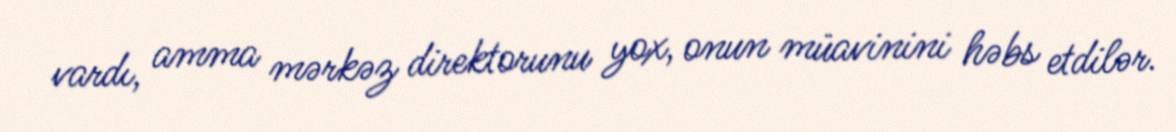
vardı, amma mərkəz direktorunu yox, onun müavinini həbs etdilər.